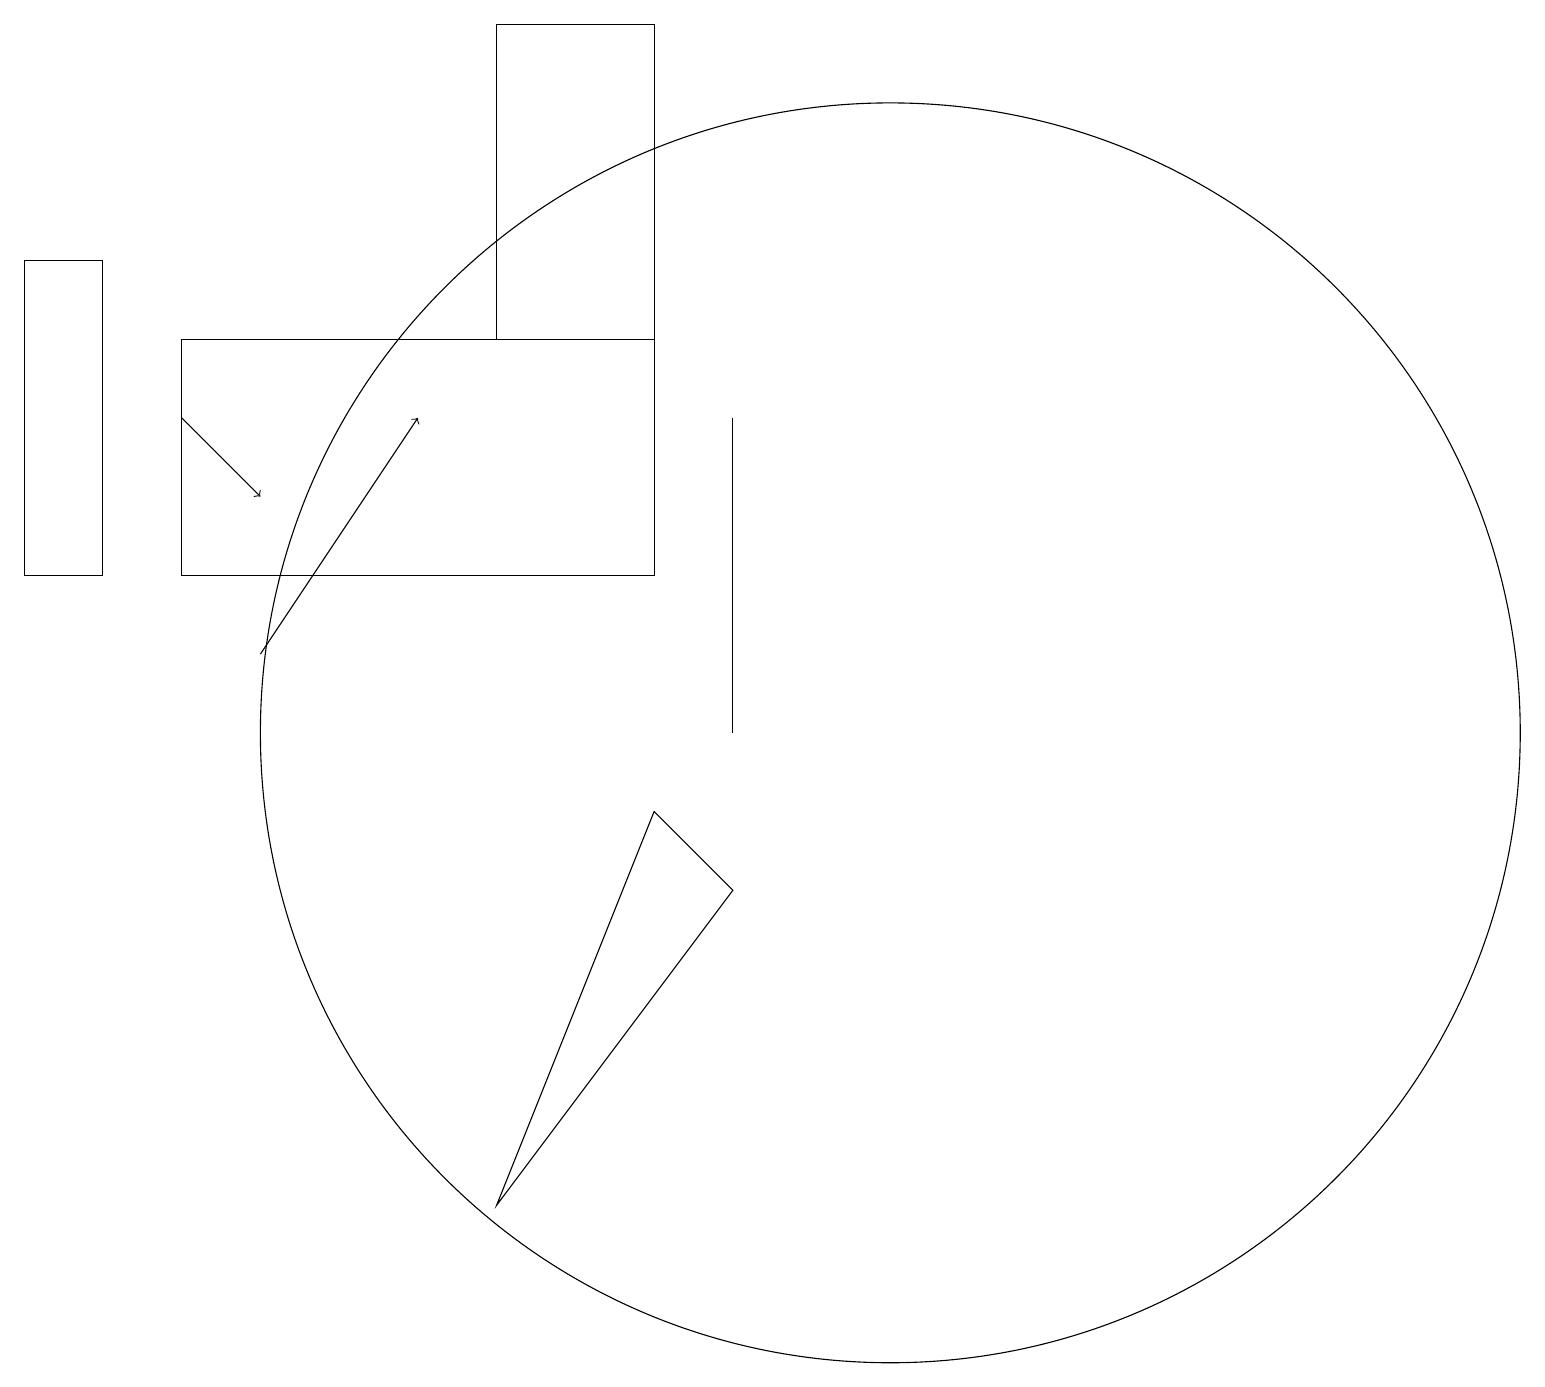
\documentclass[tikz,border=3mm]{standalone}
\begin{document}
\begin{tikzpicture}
\draw (9,10) rectangle (9,14);
\draw (6,4) -- (8,9) -- (9,8) -- cycle;
\draw (11,10) circle (8);
\draw[->] (3,11) -- (5,14);
\draw (2,12) rectangle (8,15);
\draw[->] (2,14) -- (3,13);
\draw (0,12) rectangle (1,16);
\draw (8,15) rectangle (6,19);
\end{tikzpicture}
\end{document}